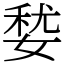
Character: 㛷